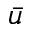
\bar { u }